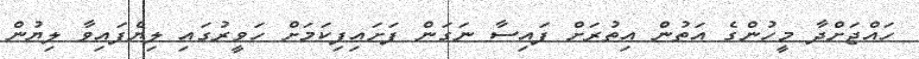
ހައްޖަށްދާ މީހުންގެ އަތުން އިތުރަށް ފައިސާ ނަގަން ފަށައިފިކަމަށް ހަވީރުގައި ލިޔެފައިވާ ލިޔުން